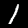
Label: 1